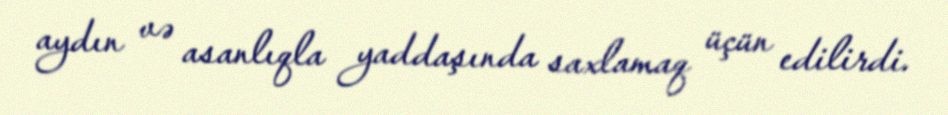
aydın və asanlıqla yaddaşında saxlamaq üçün edilirdi.